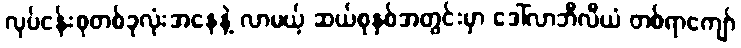
လုပ်ငန်းစုတစ်ခုလုံးအနေနဲ့ လာမယ့် ဆယ်စုနှစ်အတွင်းမှာ ဒေါ်လာဘီလီယံ တစ်ရာကျော်